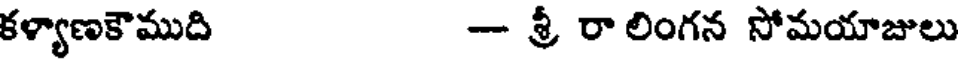
కళ్యాణకౌముది - శ్రీ రా లింగన సోమయాజులు